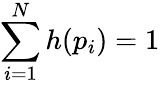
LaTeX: \sum_{i=1}^{N}{h(p_{i})}=1